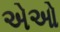
એઓ